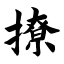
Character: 撩